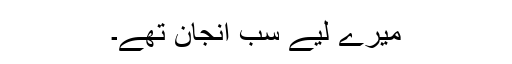
میرے لیے سب انجان تھے۔